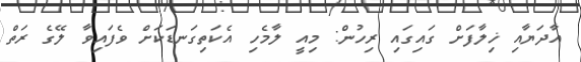
އާދަޔާއި ޚިލާފަށް ގައިގައި ރިހުން: މިއީ ލާމެހި އެކަތިގަނޑަކަށް ވެފައިވާ ލޭގެ ރަތް